Seli_vallavalitsus_Parnumaal, lk 8
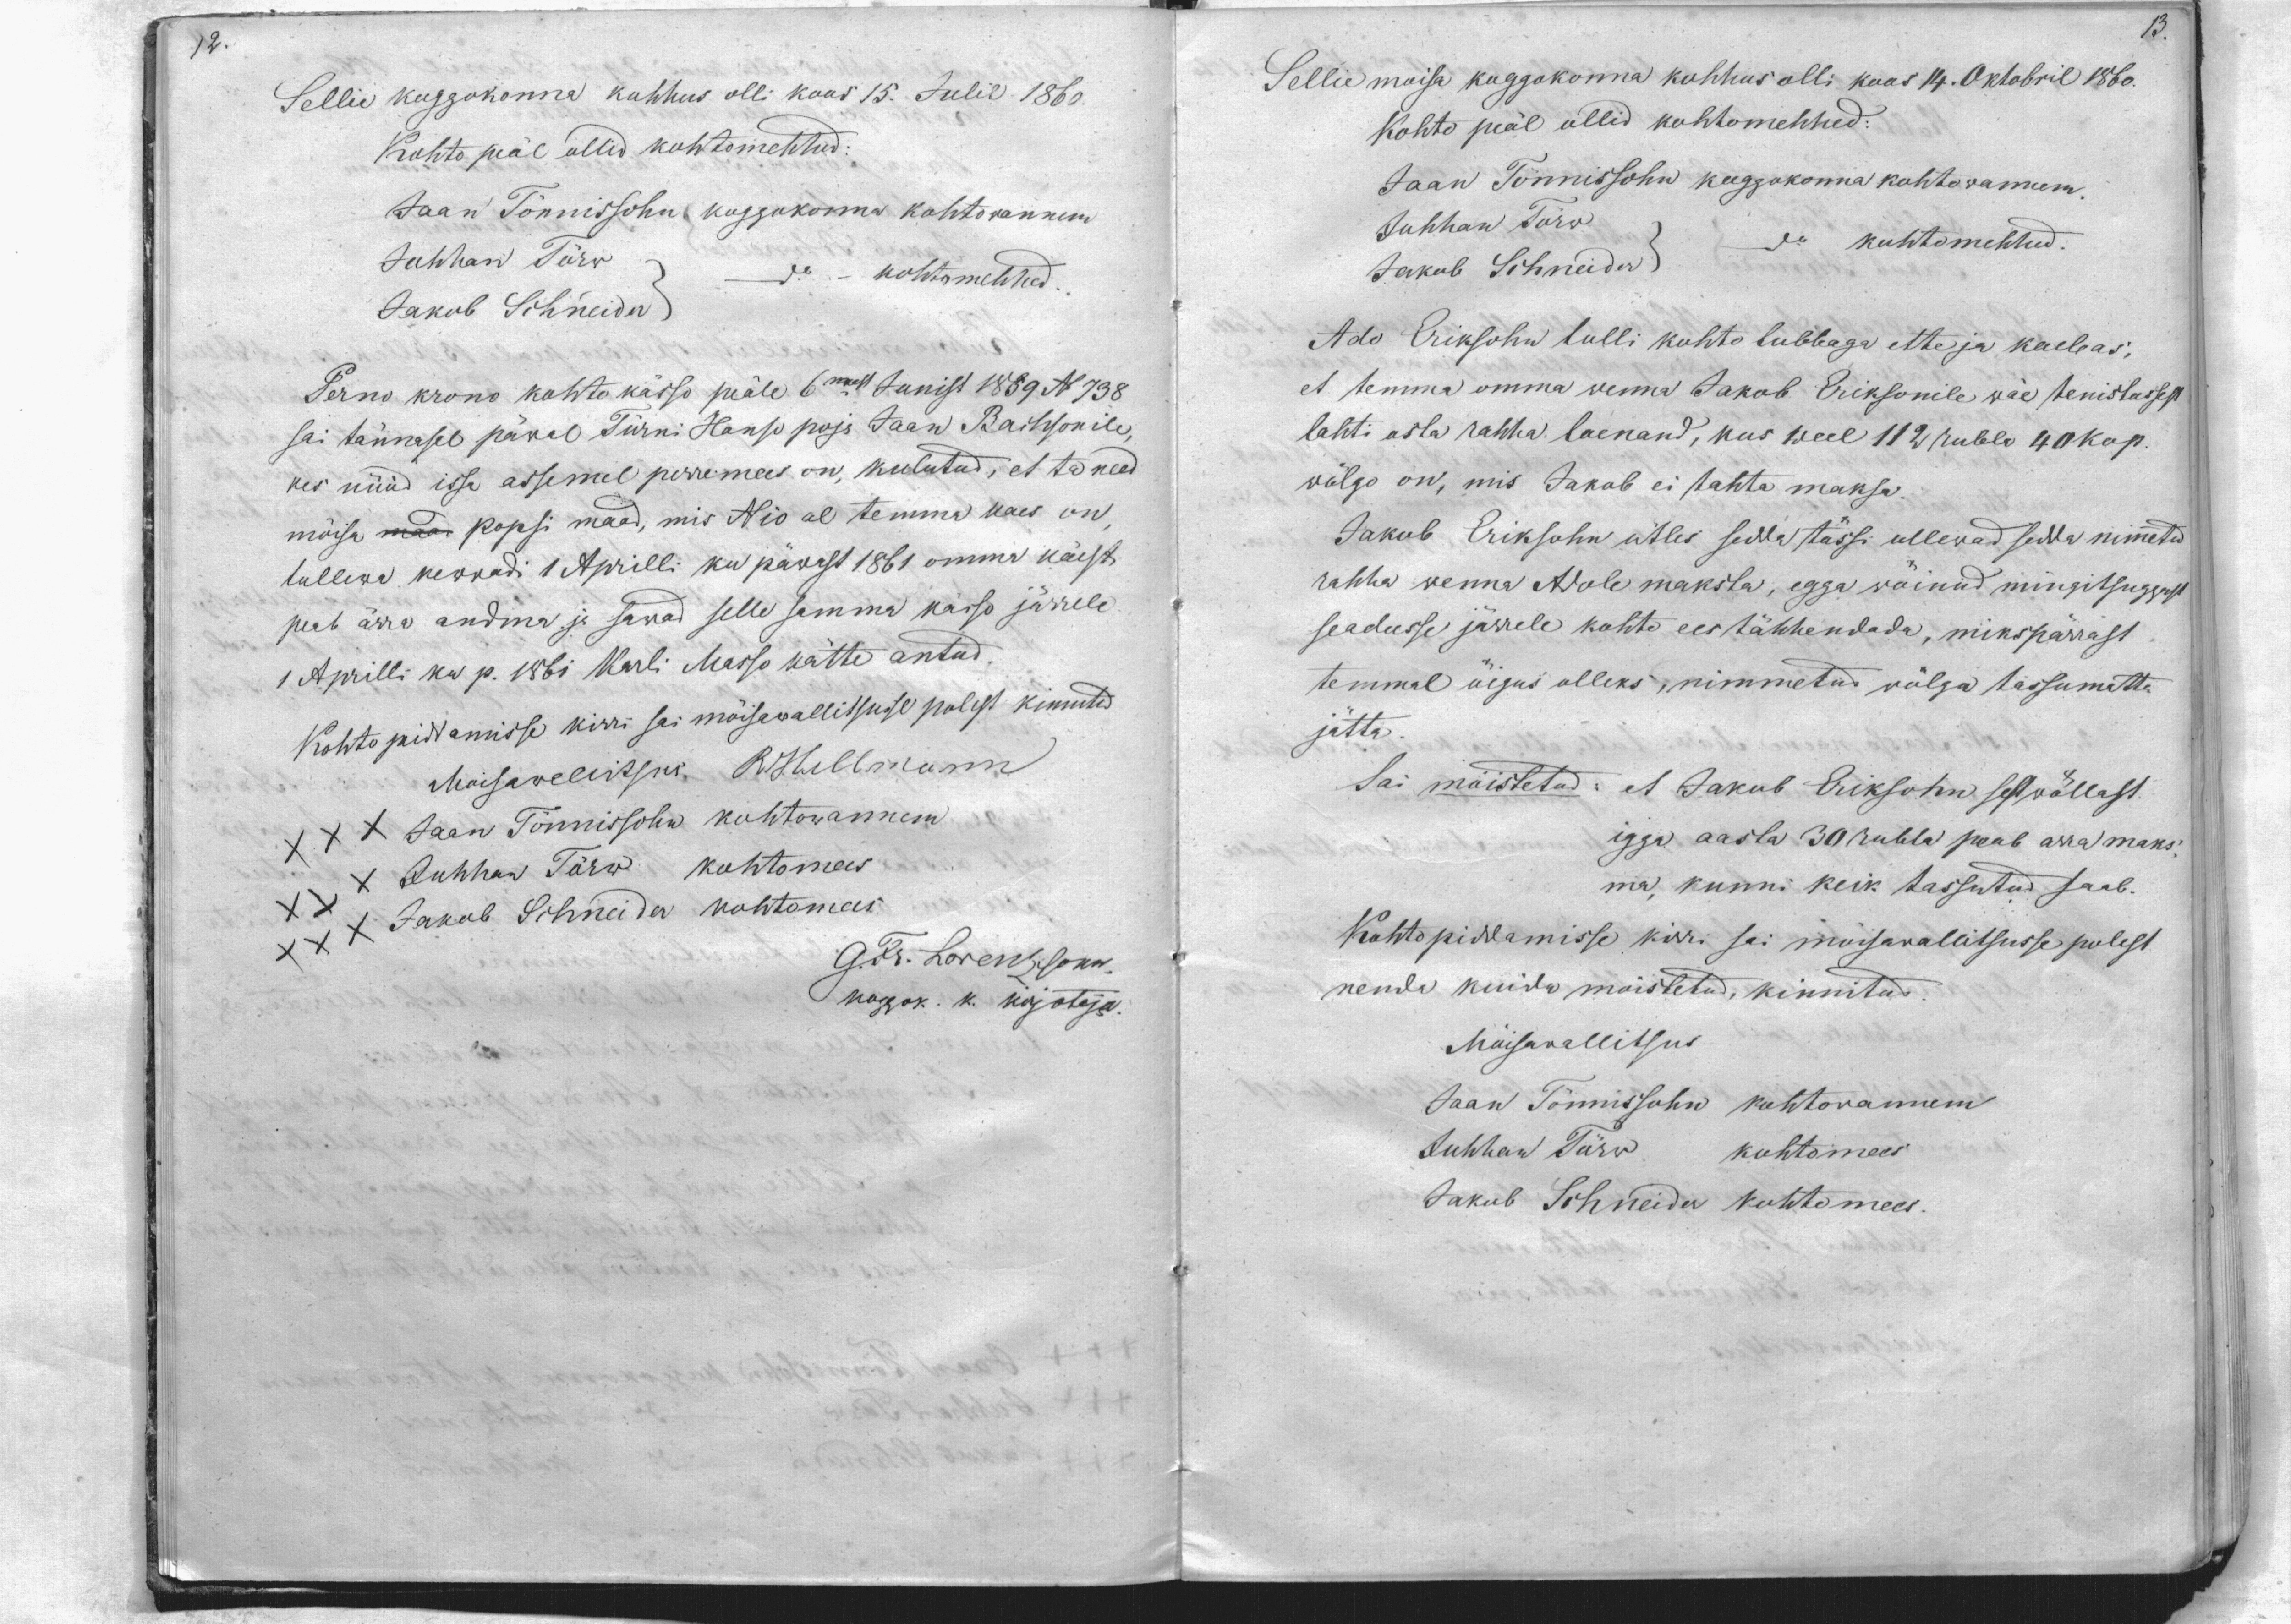
12.

13.

Sellie koggokonna kohhus olli koos 15. Julil 1860.
Kohto peäl ollid kohtomehhed:
Jaan Tönnissohn koggokonna kohtowannem
Juhhan Tõrw
do kohtomehhed.
Jakob Sichneider
Perno krono kohto kässo peäle 6mast Junist 1889 N 738
sai tännasel päwal Türni Hanso pojs Jaan Bachsonile
kes nüüd issa assemel perremees on, kulutud, et ta need
möisa maad popsi maad, mis N 10 al temma kaes on
tulliwad kewwadi 1 Aprilli ku päwast 1861 omma käest
peab ärra andma ja sawad selle samma kässo järrele
1 Aprilli ku p. 1861 Karli Masso kätte antud.
Kohto piddamisse kirri sai mõisawallitsusse polest kinnitud
Moisawallitsus R Hellmann
XXX Jaan Tönnissohn kohtowannem
XXX Juhhan Törw kohtomees
XXX Jakob Schneider kohtomees
G. Fr. Lorenzsonn.
kogok. k. kirjotaja.

Sellie moisa koggokonna kohhus olli koos 14. Oktobril 1860
Kohto peäl ollid kohtomehhed:
Jaan Tönnissohn koggokonna kohtowannem.
Juhhan Törw
kohtomehhed.
Jakob Schneider
Ado Eriksohn tulli kohto lubbaga ette ja kaebas,
et temma omma wenna Jakob Eriksonile wäe tenistussest
lahti osta rahha laenand, kus weel 112 rubla 40 kop.
wölgo on, mis Jakob ei tahta maksa.
Jakob Eriksohn ütles sedda tössi ollewad sedda nimetud
rahha wenna Adole maksta, egga wöinud mingitsuggust
seadusse järrele kohto ees tähhendada, mikspärrast
temmal öigus olleks, nimmetud wölga tassumatta
jätta.
Sai mõistetud: et Jakob Eriksohn sest wöllast
igga aasta 30 rubla peab arra maks-
ma kunni keik tassutud saab.
Kohtopiddamisse kirri sai möisawallitsusse polest
nenda kuida möistetud, kinnitud.
Möisawallitsus
Jaan Tönnissohn kohtowannem
Juhhan Törw kohtomees
Jakob Schneider kohtomees.